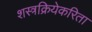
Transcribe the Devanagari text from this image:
शस्त्रक्रियेकरिता